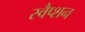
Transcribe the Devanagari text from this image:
स्वैप्शन